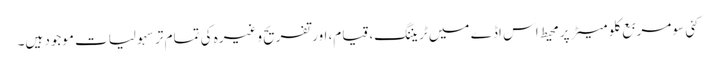
کئی سو مربع کلو میٹر پر محیط اس اڈے میں ٹریننگ، قیام، اور تفریح وغیرہ کی تمام تر سہولیات موجود ہیں۔